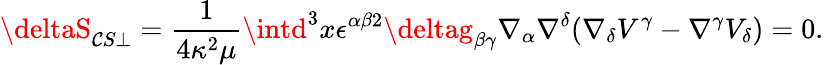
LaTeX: \deltaS_{\mathcal{C}S\perp}=\frac{{1}}{{4\kappa^{2}\mu}}\intd^{3}x\epsilon^{\alpha\beta2}\deltag_{\beta\gamma}\nabla_{\alpha}\nabla^{\delta}(\nabla_{\delta}V^{\gamma}-\nabla^{\gamma}V_{\delta})=0.